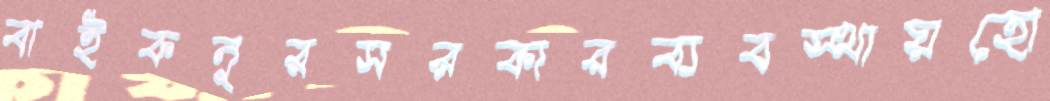
বাইকনুরসরকারব্যবস্থায়হো